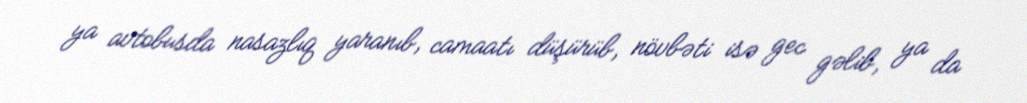
ya avtobusda nasazlıq yaranıb, camaatı düşürüb, növbəti isə gec gəlib, ya da